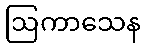
ဩကာသေန